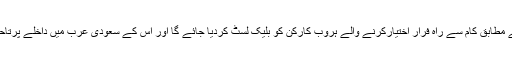
وزارت محنت کے نئے قانون کے مطابق کام سے راہ فرار اختیارکرنے والے ہروب کارکن کو بلیک لسٹ کردیا جائے گا اور اس کے سعودی عرب میں داخلے پرتاحیات پابندی عائد کردی جائے گی۔